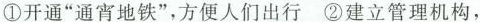
①开通“通宵地铁”，方便人们出行②建立管理机构，